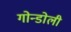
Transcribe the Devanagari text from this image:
गोन्डोली